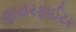
ફાયરફાઈટર